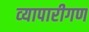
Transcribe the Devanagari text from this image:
व्‍यापारीगण